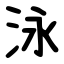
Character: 泳